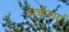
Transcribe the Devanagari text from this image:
अर्चनाएं